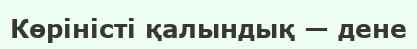
Көріністі қалындық — дене